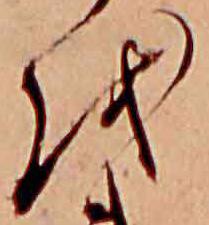
を